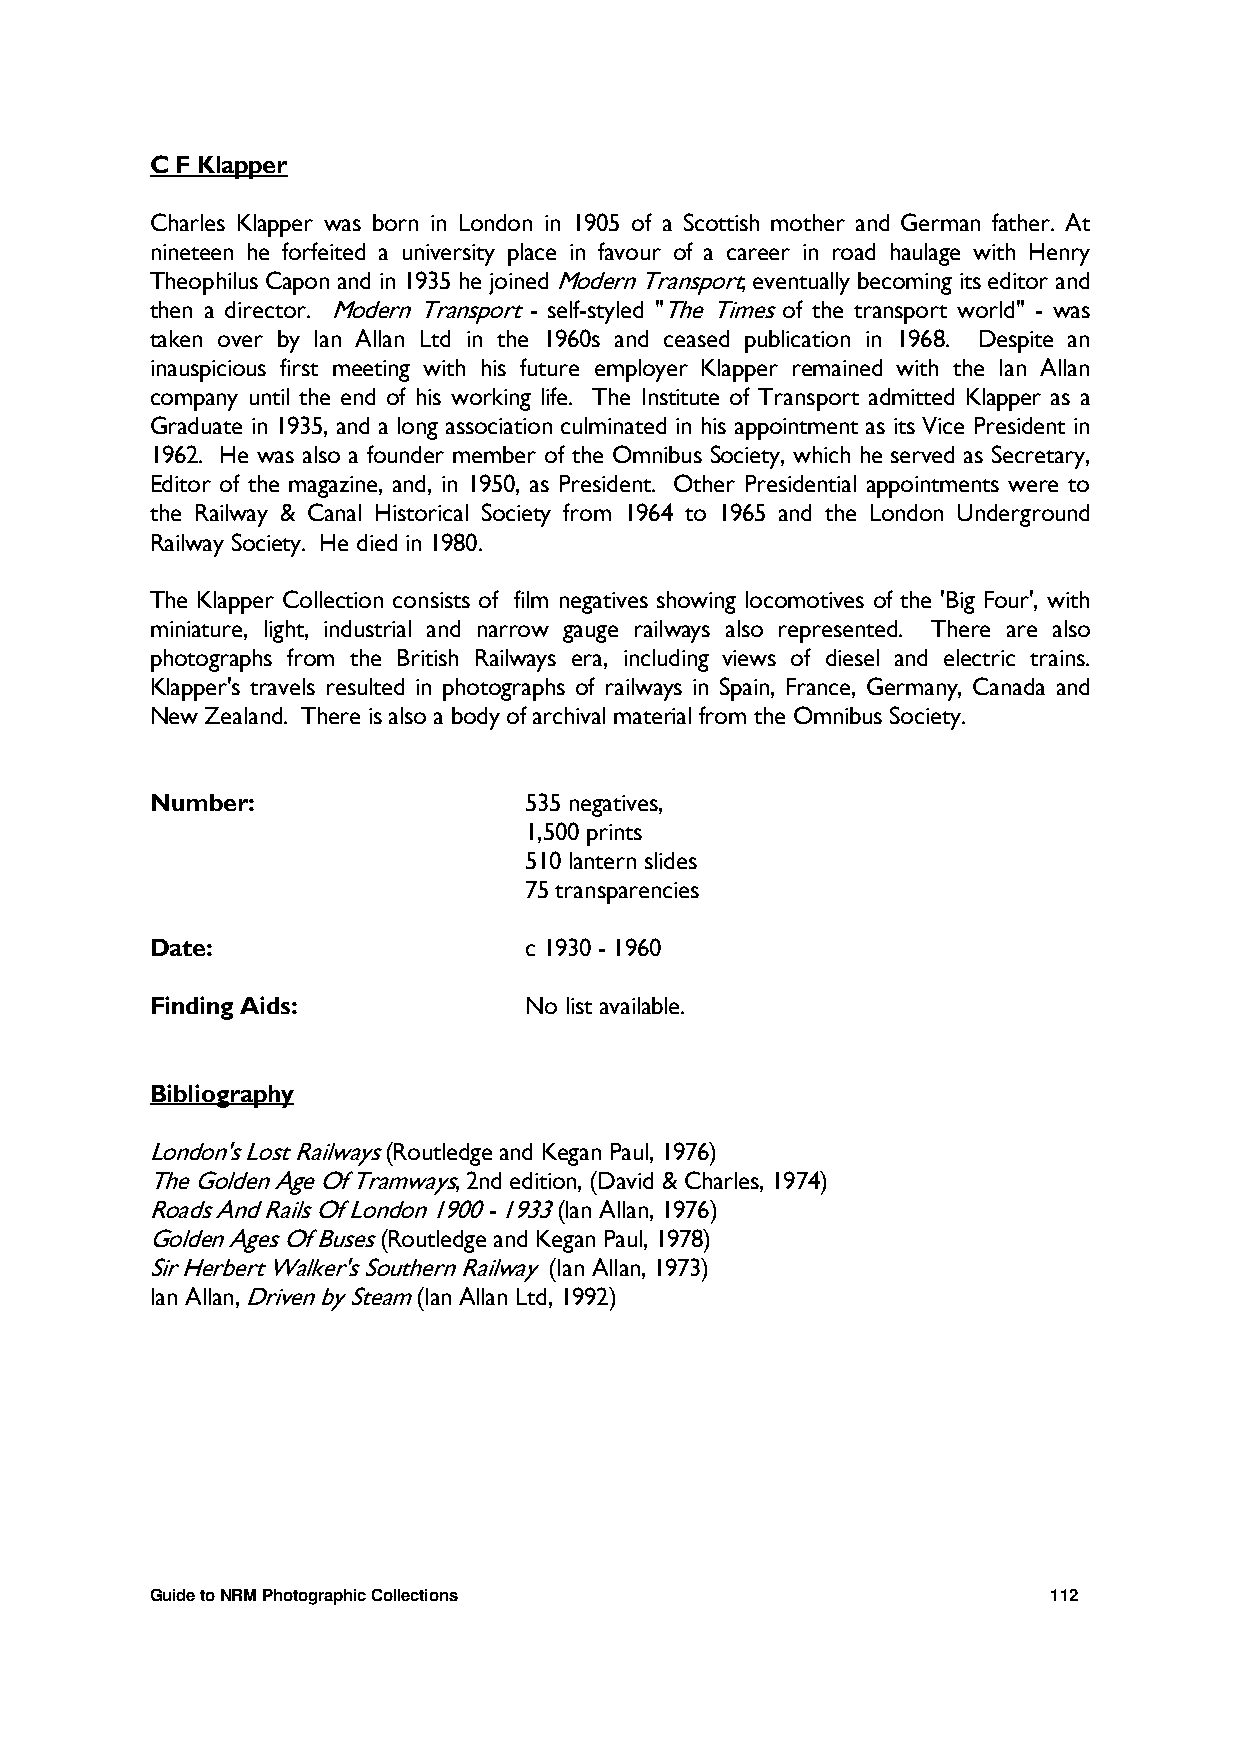
C F Klapper
 Charles Klapper was born in London in 1905 of a Scottish mother and German father. At
 nineteen he forfeited a university place in favour of a career in road haulage with Henry
 Theophilus Capon and in 1935 he joined Modern Transport, eventually becoming its editor and
 then a director. Modern Transport - self-styled "The Times of the transport world" - was
 taken over by Ian Allan Ltd in the 1960s and ceased publication in 1968. Despite an
 inauspicious first meeting with his future employer Klapper remained with the Ian Allan
 company until the end of his working life. The Institute of Transport admitted Klapper as a
 Graduate in 1935, and a long association culminated in his appointment as its Vice President in
 1962. He was also a founder member of the Omnibus Society, which he served as Secretary,
 Editor of the magazine, and, in 1950, as President. Other Presidential appointments were to
 the Railway & Canal Historical Society from 1964 to 1965 and the London Underground
 Railway Society. He died in 1980.
 The Klapper Collection consists of film negatives showing locomotives of the 'Big Four', with
 miniature, light, industrial and narrow gauge railways also represented. There are also
 photographs from the British Railways era, including views of diesel and electric trains.
 Klapper's travels resulted in photographs of railways in Spain, France, Germany, Canada and
 New Zealand. There is also a body of archival material from the Omnibus Society.
 Number:                  535 negatives,
 1,500 prints
 510 lantern slides
 75 transparencies
 Date:                    c 1930 - 1960
 Finding Aids:            No list available.
 Bibliography
 London's Lost Railways (Routledge and Kegan Paul, 1976)
 The Golden Age Of Tramways, 2nd edition, (David & Charles, 1974)
 Roads And Rails Of London 1900 - 1933 (Ian Allan, 1976)
 Golden Ages Of Buses (Routledge and Kegan Paul, 1978)
 Sir Herbert Walker's Southern Railway (Ian Allan, 1973)
 Ian Allan, Driven by Steam (Ian Allan Ltd, 1992)
 Guide to NRM Photographic Collections                       112